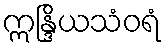
ဣန္ဒြိယသံဝရံ